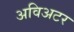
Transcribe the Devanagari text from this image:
अविअटर